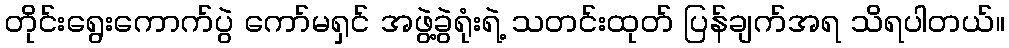
တိုင်းရွေးကောက်ပွဲ ကော်မရှင် အဖွဲ့ခွဲရုံးရဲ့ သတင်းထုတ် ပြန်ချက်အရ သိရပါတယ်။